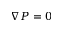
\nabla P = 0